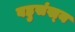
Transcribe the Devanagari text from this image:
बहुसंख्‍य